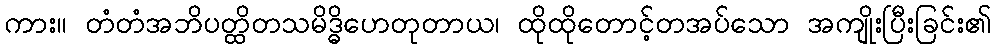
ကား။ တံတံအဘိပတ္ထိတသမိဒ္ဓိဟေတုတာယ၊ ထိုထိုတောင့်တအပ်သော အကျိုးပြီးခြင်း၏